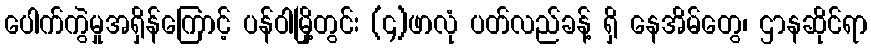
ပေါက်ကွဲမှုအရှိန်ကြောင့် ပန်ဝါမြို့တွင်း (၄)ဖာလုံ ပတ်လည်ခန့် ရှိ နေအိမ်တွေ၊ ဌာနဆိုင်ရာ